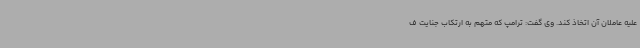
علیه عاملان آن اتخاذ کند. وی گفت: ترامپ که متهم به ارتکاب جنایت ف